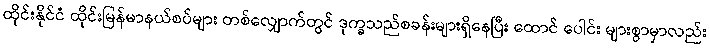
ထိုင်းနိုင်ငံ ထိုင်းမြန်မာနယ်စပ်များ တစ်လျှောက်တွင် ဒုက္ခသည်စခန်းများရှိနေပြီး ထောင် ပေါင်း များစွာမှာလည်း